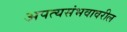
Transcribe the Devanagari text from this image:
अपत्यसंभवावरील